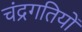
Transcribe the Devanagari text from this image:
चंद्रगतियों